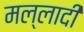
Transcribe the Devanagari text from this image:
मल्लादी